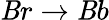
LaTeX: \mathit{B}r\rightarrow\mathit{B}b